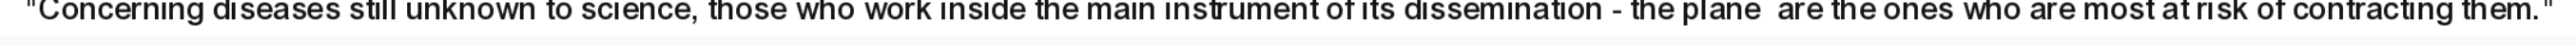
"Concerning diseases still unknown to science, those who work inside the main instrument of its dissemination - the plane  are the ones who are most at risk of contracting them."